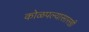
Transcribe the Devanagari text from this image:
कोळपल्यासारखी